Eesti_Vabariigi_Tartu_Ulikool, lk 288
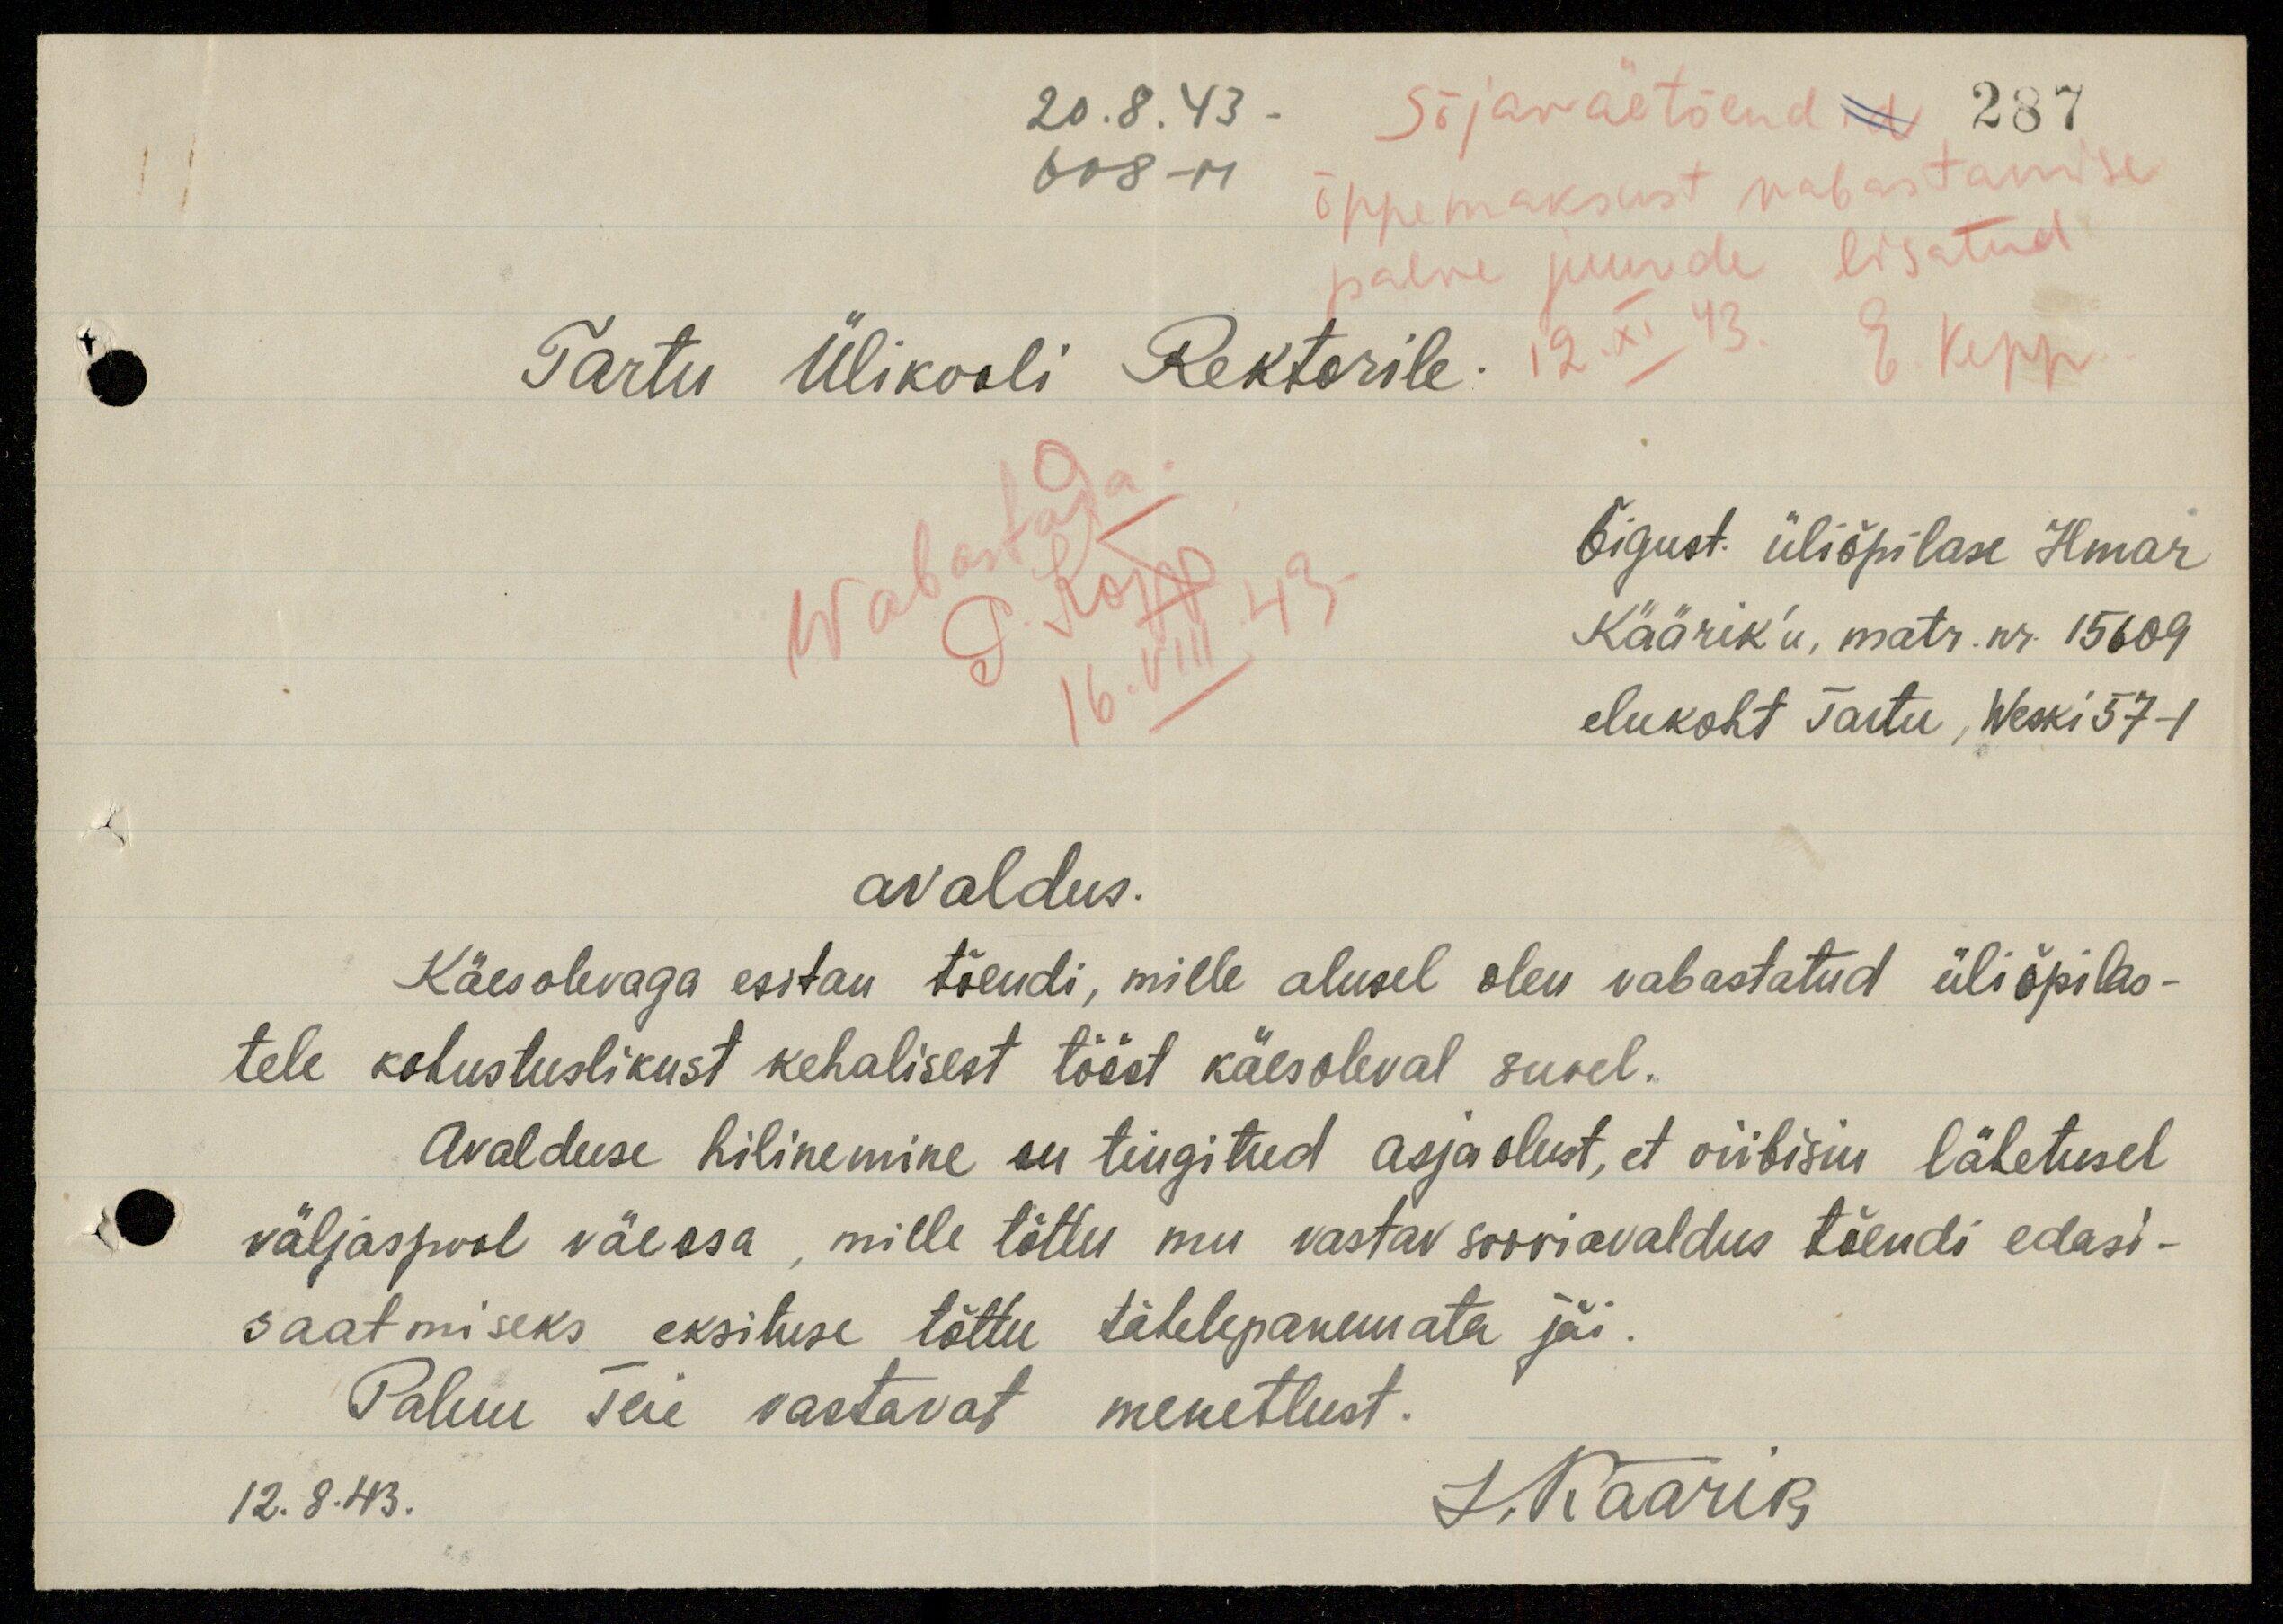
20.8.43.
Sõjaväetõendid
287
608-M
õppemaksust vabastamise
palve juurde lisatud
Tartu Ülikooli Rektorile 12. XI 43. E. Kepp
Wabastada
16.VIII 43.
Õigust. üliõpilase Ilmar
Käärik'u, matr. nr. 15609
elukoht Tartu, Weski 57-1
avaldus.
Käesolevaga esitan tõendi, mille alusel olen vabastatud üliõpilas-
tele kohustuslikust kehalisest tööst käesoleval suvel.
Avalduse hilinemine on tingitud asjaolust, et viibisin lähetusel
väljaspool väeosa, mille tõttu mu vastav sooviavaldus tõendi edasi-
saatmiseks eksituse tõttu tähelepanemata jäi.
Palun Teie vastavat menetlust.
12.8.43.
I. Käärik